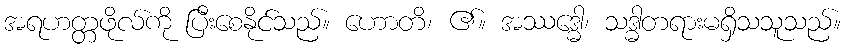
အရဟတ္တဖိုလ်ကို ပြီးစေနိုင်သည်။ ဟောတိ၊ ၏။ အဿဒ္ဓေါ၊ သဒ္ဓါတရားမရှိသသူသည်။